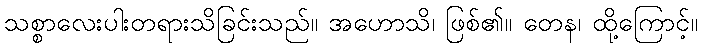
သစ္စာလေးပါးတရားသိခြင်းသည်။ အဟောသိ၊ ဖြစ်၏။ တေန၊ ထို့ကြောင့်။